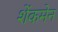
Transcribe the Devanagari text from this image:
शेंकमेन